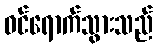
ဝင်ရောက်သွားသည်